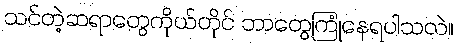
သင်တဲ့ဆရာတွေကိုယ်တိုင် ဘာတွေကြုံနေရပါသလဲ။